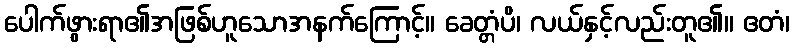
ပေါက်ဖွားရာ၏အဖြစ်ဟူသောအနက်ကြောင့်။ ခေတ္တံပိ၊ လယ်နှင့်လည်းတူ၏။ ဧတံ၊